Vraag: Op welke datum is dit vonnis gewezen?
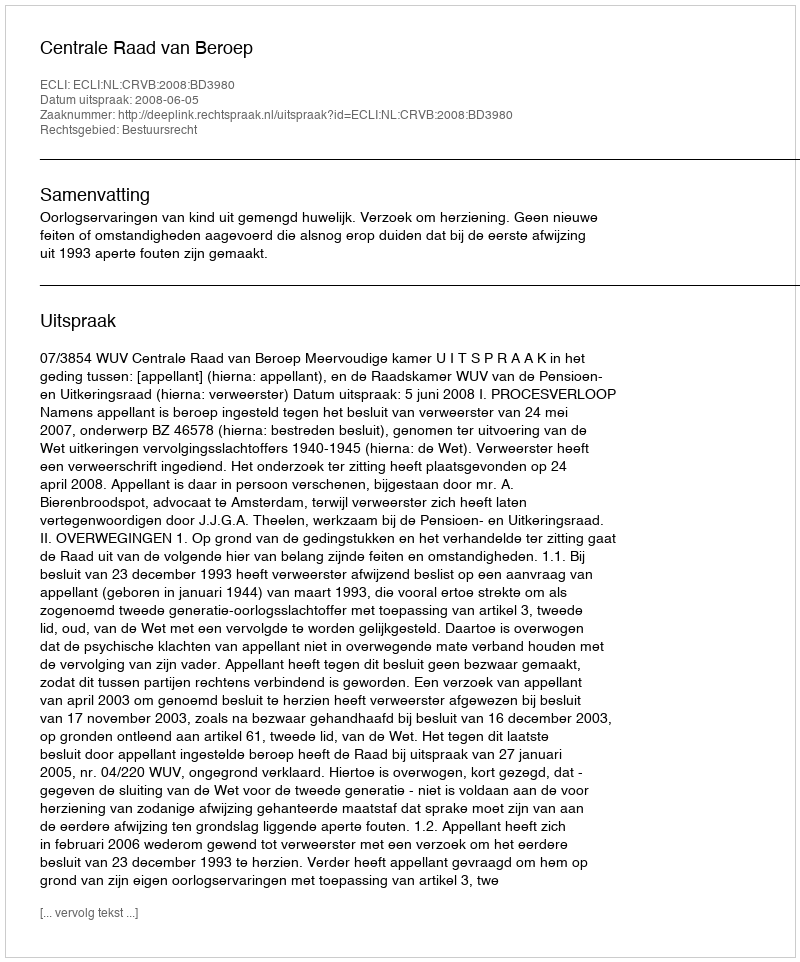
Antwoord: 2008-06-05